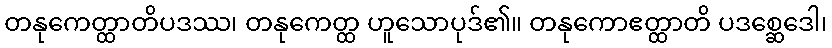
တနုကေတ္ထာတိပဒဿ၊ တနုကေတ္ထ ဟူသောပုဒ်၏။ တနုကောဧတ္ထာတိ ပဒစ္ဆေဒေါ၊